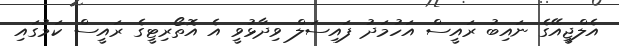
އެލްޖީއޭގެ ނައިބު ރައީސް އަހުމަދު ފައިސަލް ވިދާޅުވީ އެ އޮތޯރިޓީގެ ރައީސް ކަމުގައި